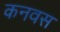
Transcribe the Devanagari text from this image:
कनवस